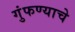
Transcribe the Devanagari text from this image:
गुंफण्याचे